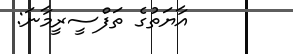
އާޔަތުގެ ތަފްސީރީމާނަ: